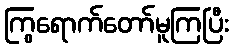
ကြွရောက်တော်မူကြပြီး